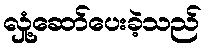
လှုံ့ဆော်ပေးခဲ့သည်